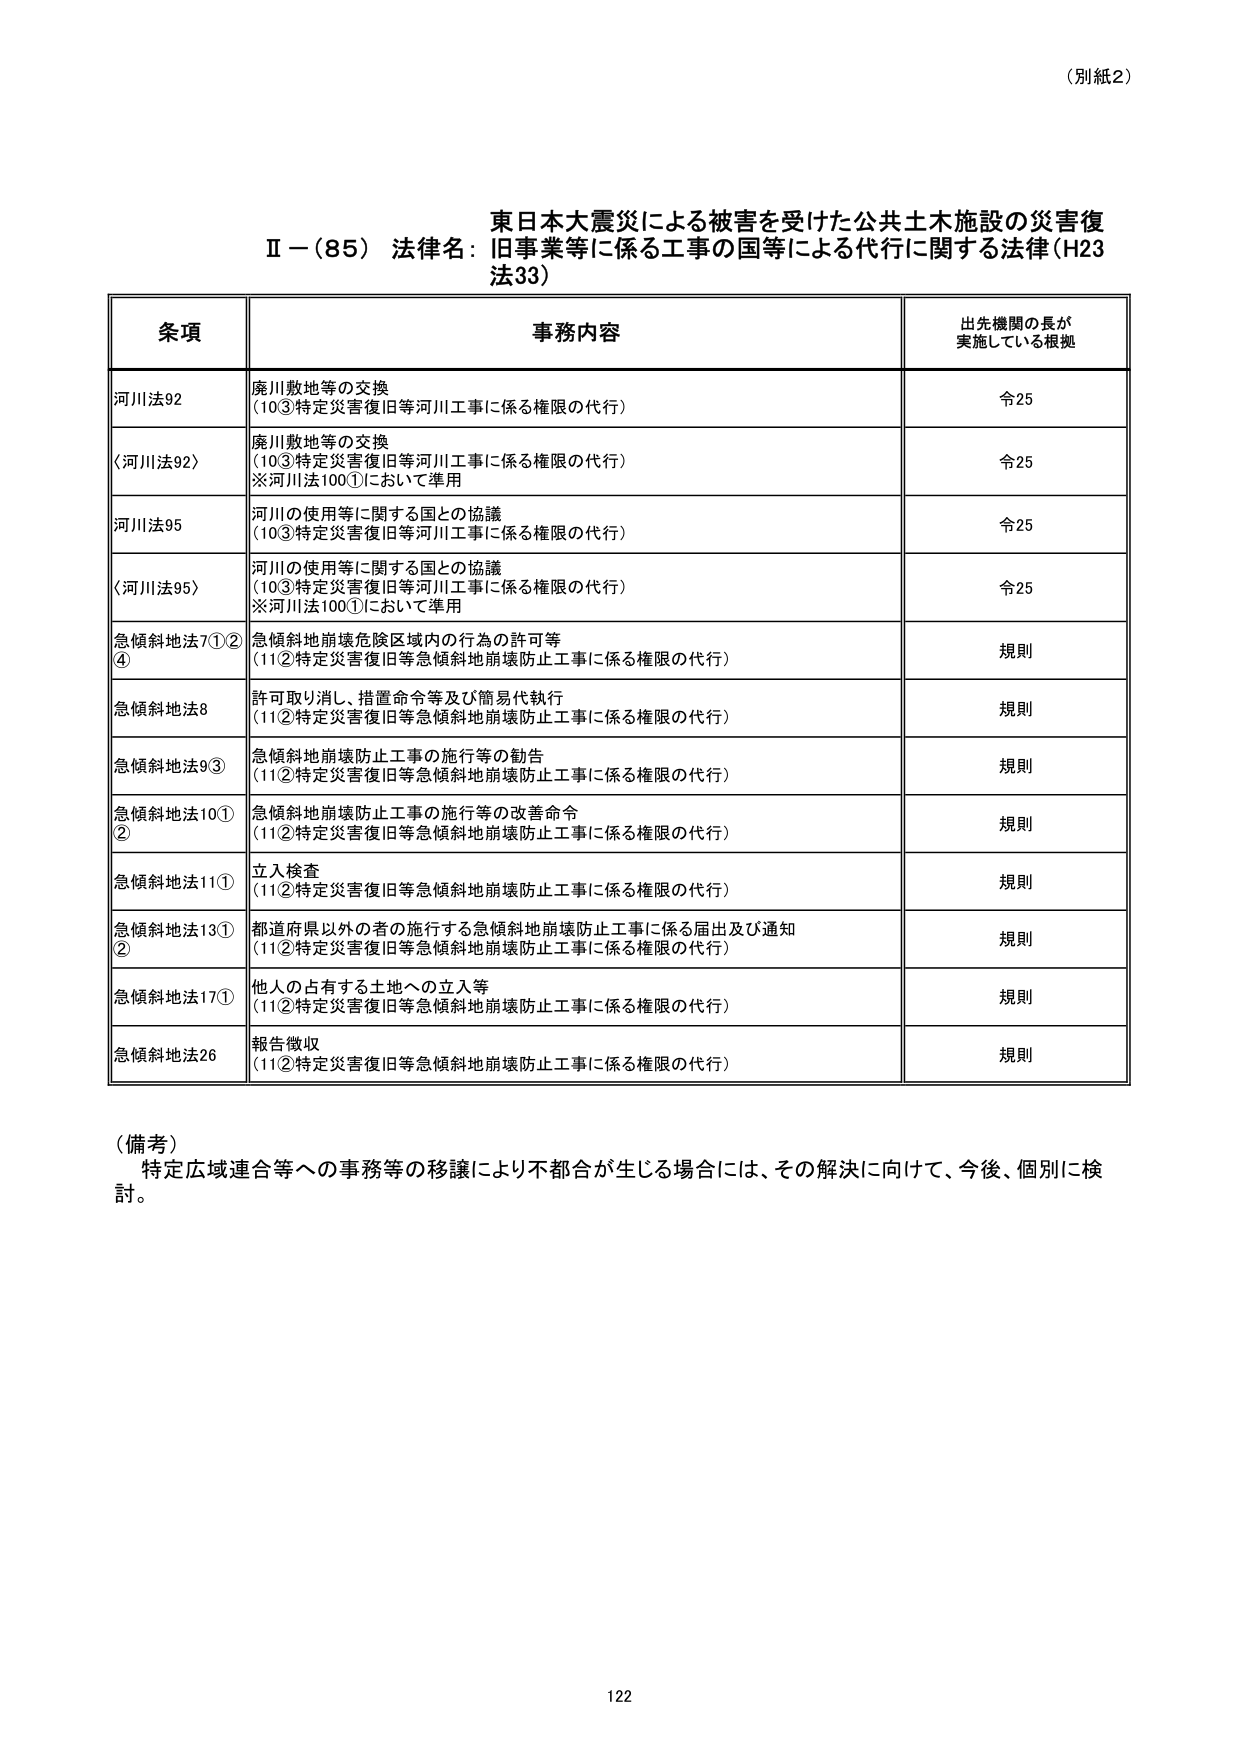
（別紙2）

東日本大震災による被害を受けた公共土木施設の災害復
Ⅱ－（85）法律名：旧事業等に係る工事の国等による代行に関する法律（H23
法33）

条項 事務内容 出先機関の長が
実施している根拠

河川法92 廃川敷地等の交換
（10③特定災害復旧等河川工事に係る権限の代行） 令25

〈河川法92〉 廃川敷地等の交換
（10③特定災害復旧等河川工事に係る権限の代行）
※河川法100①において準用 令25

河川法95 河川の使用等に関する国との協議
（10③特定災害復旧等河川工事に係る権限の代行） 令25

〈河川法95〉 河川の使用等に関する国との協議
（10③特定災害復旧等河川工事に係る権限の代行）
※河川法100①において準用 令25

急傾斜地法7①② 急傾斜地崩壊危険区域内の行為の許可等
④ （11②特定災害復旧等急傾斜地崩壊防止工事に係る権限の代行） 規則

急傾斜地法8 許可取り消し、措置命令等及び簡易代執行
（11②特定災害復旧等急傾斜地崩壊防止工事に係る権限の代行） 規則

急傾斜地法9③ 急傾斜地崩壊防止工事の施行等の勧告
（11②特定災害復旧等急傾斜地崩壊防止工事に係る権限の代行） 規則

急傾斜地法10① 急傾斜地崩壊防止工事の施行等の改善命令
② （11②特定災害復旧等急傾斜地崩壊防止工事に係る権限の代行） 規則

急傾斜地法11① 立入検査
（11②特定災害復旧等急傾斜地崩壊防止工事に係る権限の代行） 規則

急傾斜地法13① 都道府県以外の者の施行する急傾斜地崩壊防止工事に係る届出及び通知
② （11②特定災害復旧等急傾斜地崩壊防止工事に係る権限の代行） 規則

急傾斜地法17① 他人の占有する土地への立入等
（11②特定災害復旧等急傾斜地崩壊防止工事に係る権限の代行） 規則

急傾斜地法26 報告徴収
（11②特定災害復旧等急傾斜地崩壊防止工事に係る権限の代行） 規則

（備考）
特定広域連合等への事務等の移譲により不都合が生じる場合には、その解決に向けて、今後、個別に検
討。

122